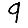
Digit: 9